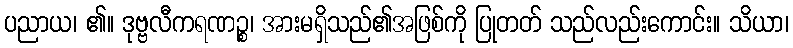
ပညာယ၊ ၏။ ဒုဗ္ဗလီကရဏဉ္စ၊ အားမရှိသည်၏အဖြစ်ကို ပြုတတ် သည်လည်းကောင်း။ သိယာ၊